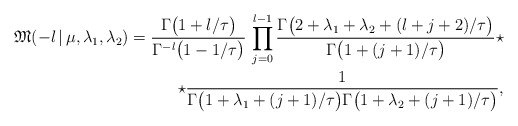
\begin{align*}\mathfrak{M}(-l\,|\,\mu,\lambda_1,\lambda_2) =\frac{\Gamma\bigl(1+l/\tau\bigr)} {\Gamma^{-l}\bigl(1-1/\tau\bigr)}\,\prod\limits_{j=0}^{l-1}\frac{\Gamma\bigl(2+\lambda_1+\lambda_2+(l+j+2)/\tau\bigr)}{\Gamma\bigl(1+(j+1)/\tau\bigr)}\star \\\star\frac{1}{\Gamma\bigl(1+\lambda_1+(j+1)/\tau\bigr)\Gamma\bigl(1+\lambda_2+(j+1)/\tau\bigr)},\end{align*}